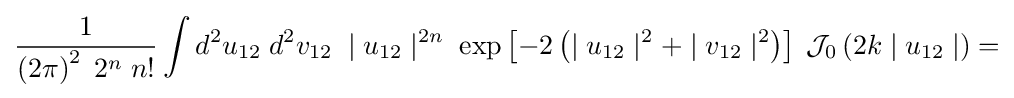
{1 \over \left(2\pi \right)^{2}\;2^{n}\;n!}\int d^{2}u_{12}\;d^{2}v_{12}\;\mid u_{12}\mid ^{2n}\;\exp \left[-2\left(\mid u_{12}\mid ^{2}+\mid v_{12}\mid ^{2}\right)\right]\;{\mathcal {J}}_{0}\left({2}k\mid u_{12}\mid \right)=